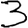
Digit: 3